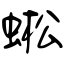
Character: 蜙